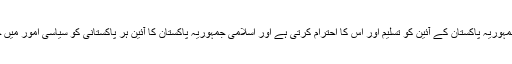
”تحریک دعوتِ فقر” اسلامی جمہوریہ پاکستان کے آئین کو تسلیم اور اس کا احترام کرتی ہے اور اسلامی جمہوریہ پاکستان کا آئین ہر پاکستانی کو سیاسی امور میں حصہ لینے کی آزادی دیتا ہے ۔